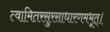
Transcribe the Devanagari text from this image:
त्वामितरसुरसाधारणमभूत्।